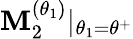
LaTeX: \mathbf{M}_{2}^{(\theta_{1})}|_{\theta_{1}=\theta^{+}}